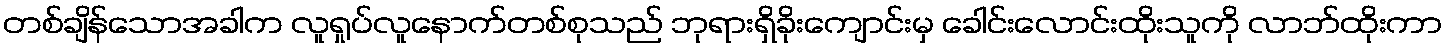
တစ်ချိန်သောအခါက လူရှုပ်လူနောက်တစ်စုသည် ဘုရားရှိခိုးကျောင်းမှ ခေါင်းလောင်းထိုးသူကို လာဘ်ထိုးကာ